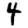
Digit: 4